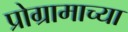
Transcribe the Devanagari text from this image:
प्रोग्रामाच्या